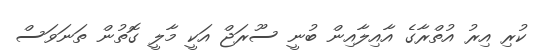
ކުރި އިރު އުތްރާގެ އާއިލާއިން ބުނީ ސޫރަޖް އަކީ މާލީ ގޮތުން ތަނަވަސް